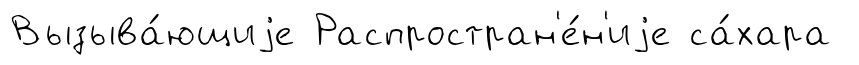
Вызыва́ющиjе Распростран'е́н'иjе са́хара